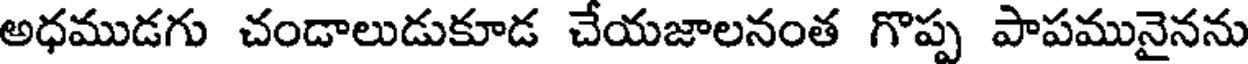
అధముడగు చండాలుడుకూడ చేయజాలనంత గొప్ప పాపమునైనను